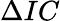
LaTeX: \Delta IC